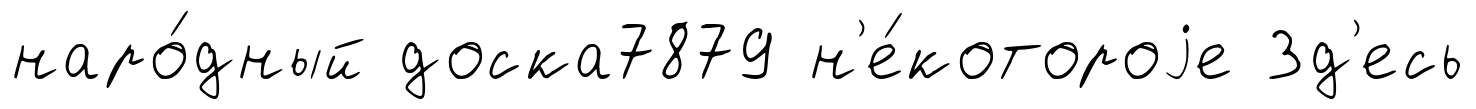
наро́дный доска7879 н'е́котороjе Зд'есь